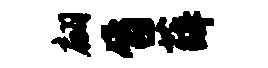
翩旨薛